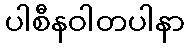
ပါစီနဝါတပါနာ